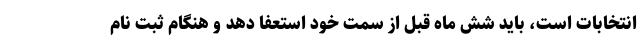
انتخابات است، باید شش ماه قبل از سمت خود استعفا دهد و هنگام ثبت نام